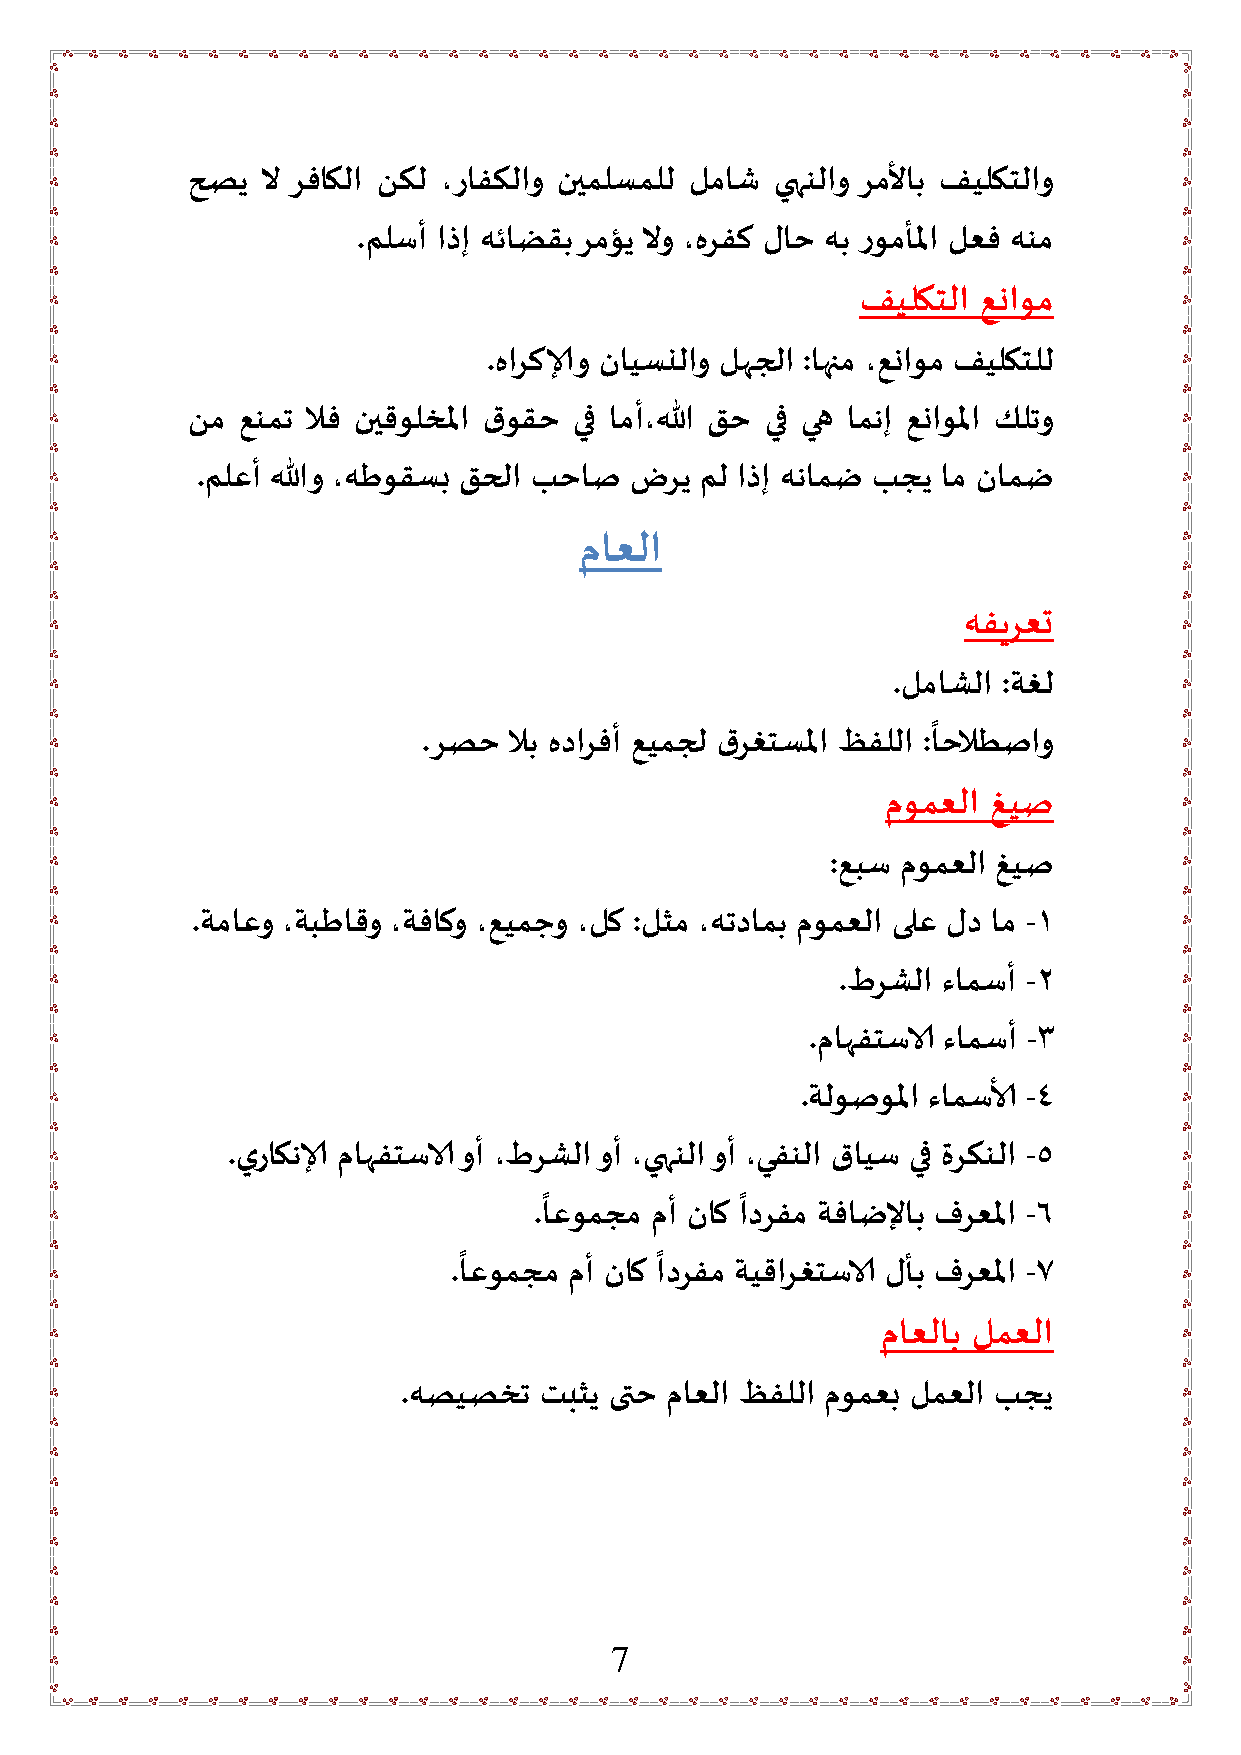
حصي  لا رفاكلا نكل ،رافكلاو نيملسملل لماش يهنلاو رملأاب فيلكتلاو
 .ملسأ اذإ هئاضقب رمؤي لاو ،هرفك لاح هب رومألما لعف هنم
 فيلكتلا عناوم
 .هاركالو نايسنلاو لهجلا :اهام ،عناوم فيلكتلل
 نم  عنمت لاف نيقولخلما قوقح يف امأ،الله قح يف يه امنإ عناولما كلتو
 .ملعأ اللهو ،هطوقسب قحلا بحاص ضري مل اذإ هنامض بجي ام نامض
 ماعلا
 هفيرعت
 .لماشلا :ةغل
 ً
 .رصح  لاب هدارفأ عيمجل قرغتسلما ظفللا :احلاطصاو
 مومعلا غيص
 :عبس مومعلا غيص
 .ةماعو ،ةبطاقو ،ةفاكو ،عيمجو ،لك :لثم ،هتدامب مومعلا ىلع لد ام -1
 .طرشلا ءامسأ -2
 .ماهفتساست ءامسأ -3
 .ةلوصولما ءامسالأ -4
 .يراكنال ماهفتساست وأ ،طرشلا وأ ،يهنلا وأ ،يفنلا قايس يف مركنلا -5
 ً            ً
 .اعومجم مأ ناك ادرفم ةفاضلإاب فرعلما -6
 ً            ً
 .اعومجم مأ ناك ادرفم ةيقارغتساست لأب فرعلما -7
 ماعلاب لمعلا
 .هصيصخت  تبثي ىتح ماعلا ظفللا مومعب لمعلا بجي
 7